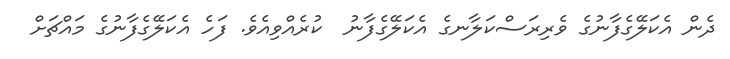
ދެން އެކަލޭގެފާނުގެ ވެރިރަސްކަލާނގެ އެކަލޭގެފާނު  ކުރެއްވިއެވެ. ފަހެ އެކަލޭގެފާނުގެ މައްޗަށް